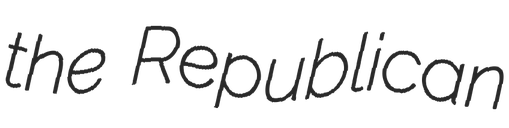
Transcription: the Republican